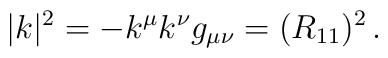
|k|^2 = - k^\mu k^\nu g_{\mu\nu} = (R_{11})^2\, .